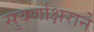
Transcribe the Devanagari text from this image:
सुवर्णाक्षराने